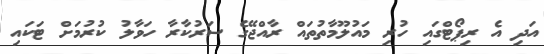
އަދި އެ ރިޕޯޓްގައި ހުރި މައުލޫމާތުތައް ރާއްޖޭގެ ސަރުކާރާ ހަވާލު ކުރުމަށް ޓަކައި